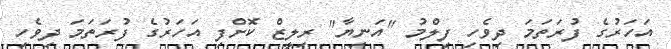
އަހަރުގެ ފުރަތަމަ ދިވެހި ފިލްމު "އަނިޔާ" ރިލީޒް ކޮށްފި އަހަރުގެ ފުރަތަމަ ދިވެހި